Philaematomyia insignis, Austen - Number 54
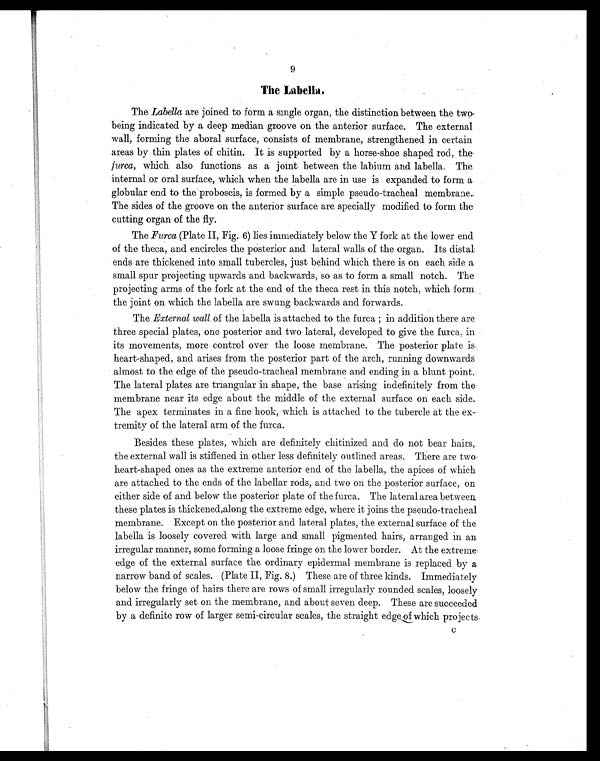
9
The Labella.
The Labella are joined to form a single organ, the distinction between the two
being indicated by a deep median groove on the anterior surface. The external
wall, forming the aboral surface, consists of membrane, strengthened in certain
areas by thin plates of chitin. It is supported by a horse-shoe shaped rod, the
furca, which also functions as a joint between the labium and labella. The
internal or oral surface, which when the labella are in use is expanded to form a
globular end to the proboscis, is formed by a simple pseudo-tracheal membrane.
The sides of the groove on the anterior surface are specially modified to form the
cutting organ of the fly.
The Furca (Plate II, Fig. 6) lies immediately below the Y fork at the lower end
of the theca, and encircles the posterior and lateral walls of the organ. Its distal
ends are thickened into small tubercles, just behind which there is on each side a
small spur projecting upwards and backwards, so as to form a small notch. The
projecting arms of the fork at the end of the theca rest in this notch, which form
the joint on which the labella are swung backwards and forwards.
The External wall of the labella is attached to the furca; in addition there are
three special plates, one posterior and two lateral, developed to give the furca, in
its movements, more control over the loose membrane. The posterior plate is
heart-shaped, and arises from the posterior part of the arch, running downwards
almost to the edge of the pseudo-tracheal membrane and ending in a blunt point.
The lateral plates are triangular in shape, the base arising indefinitely from the-
membrane near its edge about the middle of the external surface on each side.
The apex terminates in a fine hook, which is attached to the tubercle at the ex
-tremity of the lateral arm of the furca.
Besides these plates, which are definitely chitinized and do not bear hairs,
the external wall is stiffened in other less definitely outlined areas. There are two
heart-shaped ones as the extreme anterior end of the labella, the apices of which
are attached to the ends of the labellar rods, and two on the posterior surface, on
either side of and below the posterior plate of the furca. The lateral area between
these plates is thickened,along the extreme edge, where it joins the pseudo-tracheal
membrane. Except on the posterior and lateral plates, the external surface of the
labella is loosely covered with large and small pigmented hairs, arranged in an
irregular manner, some forming a loose fringe on the lower border. At the extreme
edge of the external surface the ordinary epidermal membrane is replaced by a
narrow band of scales. (Plate II, Fig. 8.) These are of three kinds. Immediately
below the fringe of hairs there are rows of small irregularly rounded scales, loosely
and irregularly set on the membrane, and about seven deep. These are succeeded
by a definite row of larger semi-circular scales, the straight edge of which projects.
C